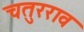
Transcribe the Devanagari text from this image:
चतुरराव